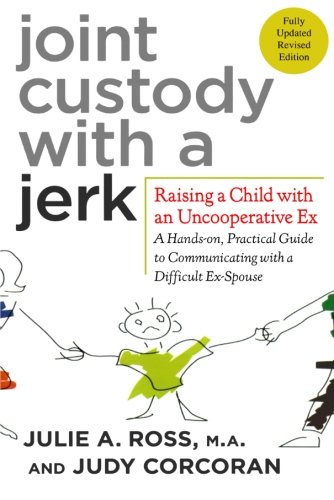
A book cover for Joint Custody with a Jerk: Raising a Child with an Uncooperative Ex- A Hands-on, Practical Guide to Communicating with a Difficult Ex-Spouse; Julie Ross; Parenting & Relationships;